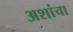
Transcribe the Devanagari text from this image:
अशांचा